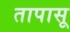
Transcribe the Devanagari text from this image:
तापासू